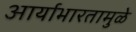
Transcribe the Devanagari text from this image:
आर्याभारतामुळे